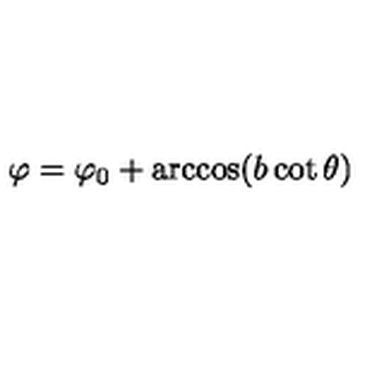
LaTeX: \varphi = \varphi _ { 0 } + \arccos ( b \cot \theta )